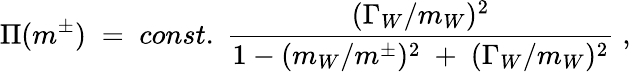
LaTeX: \Pi(m^{\pm})\; =\; const.\; \frac{(\Gamma_{W}/m_{W})^{2}}{1-(m_{W}/m^{\pm})^{2}\; +\; (\Gamma_{W}/m_{W})^{2}}\; ,